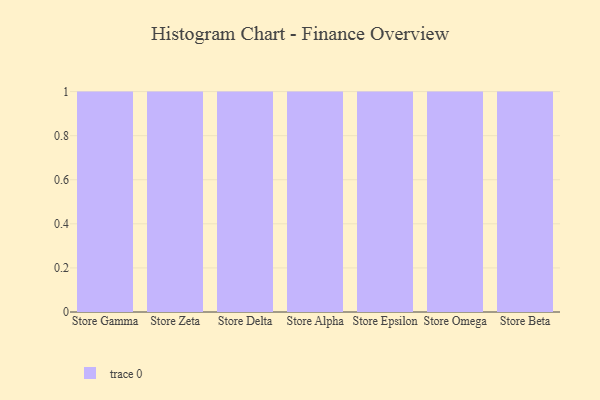
{"axis": {"x": "Store", "y": "Active Users"}, "legend": [""], "data": [{"x": "Store Gamma", "y": 20, "type": ""}, {"x": "Store Zeta", "y": 21, "type": ""}, {"x": "Store Delta", "y": 17, "type": ""}, {"x": "Store Alpha", "y": 66, "type": ""}, {"x": "Store Epsilon", "y": 76, "type": ""}, {"x": "Store Omega", "y": 51, "type": ""}, {"x": "Store Beta", "y": 49, "type": ""}]}